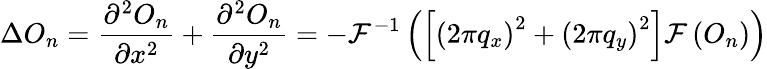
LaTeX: \Delta O_{n}=\frac{\partial^{2}O_{n}}{\partial x^{2}}+\frac{\partial^{2}O_{n}}{\partial y^{2}}=-\mathcal{F}^{-1}\left(\left[\left(2\pi q_{x}\right)^{2}+\left(2\pi q_{y}\right)^{2}\right]\mathcal{F}\left(O_{n}\right)\right)